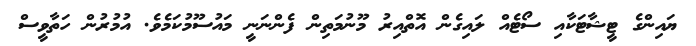
ޔައިންގެ ޓީޝާޓަކާއި ސޯޓެއް ލައިގެން އޮތްއިރު މޫނުމަތިން ފެންނަނީ މައުސޫމުކަމެވެ. އުމުރުން ހަތާވީސް